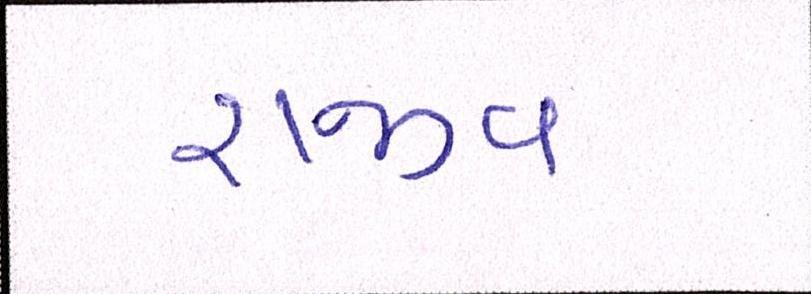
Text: રાજીવ